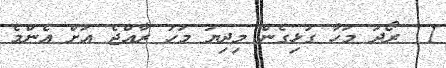
1  ރޯދަ މަހާ ގުޅިގެން މިދިޔަ މަހު ރާއްޖެ އަށް އެންމެ